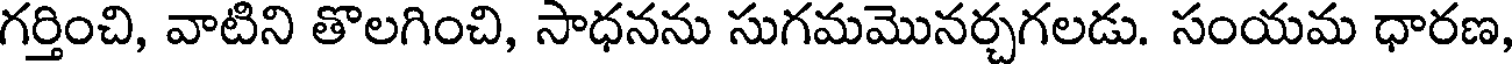
గర్తించి, వాటిని తొలగించి, సాధనను సుగమమొనర్చగలడు. సంయమ ధారణ,